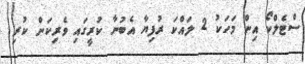
ސްޓެލްކޯ އިން މަހަކު 2 ލައްކަ ރުފިޔާ އެބުނާ ކުރީގައި ވެރިކަން ކުރި